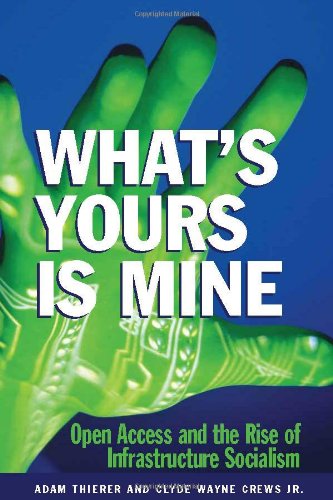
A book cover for What's Yours is Mine: Open Access and the Rise of Infrastructure Socialism; Adam Theirer; Law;